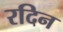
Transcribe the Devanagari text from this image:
रदिन